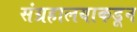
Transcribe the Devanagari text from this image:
संग्रहालयाकडून